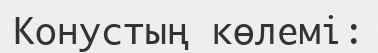
Конустың көлемі: